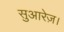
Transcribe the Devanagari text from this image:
सुआरेज़।